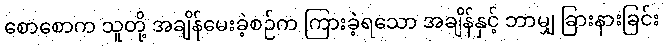
စောစောက သူတို့ အချိန်မေးခဲ့စဉ်က ကြားခဲ့ရသော အချိန်နှင့် ဘာမျှ ခြားနားခြင်း